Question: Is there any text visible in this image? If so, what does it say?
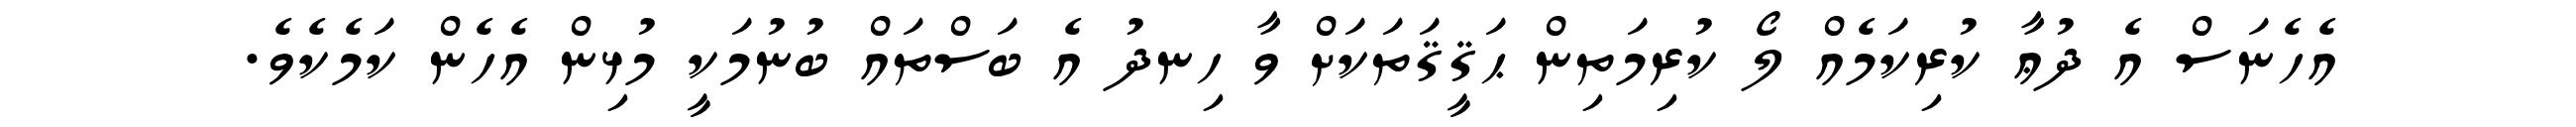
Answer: އެހެނަސް އެ ދުޢާ ކުރިކަމެއް ލޯ ކުރިމަތިން ޙަޤީޤަތަކަށް ވާ ހިނދު އެ ބަސްތައް ބުނުމަކީ މުޅިން އެހެން ކަމެކެވެ.